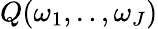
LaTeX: Q(\omega_{1},..,\omega_{J})